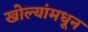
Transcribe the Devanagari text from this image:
खोल्यांमधून